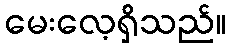
မေးလေ့ရှိသည်။